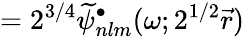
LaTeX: =2^{3/4}\widetilde\psi_{nlm}^{\bullet}(\omega;2^{1/2}\vec{r})